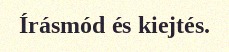
Írásmód és kiejtés.